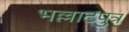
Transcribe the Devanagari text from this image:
भल्लाटपुत्र